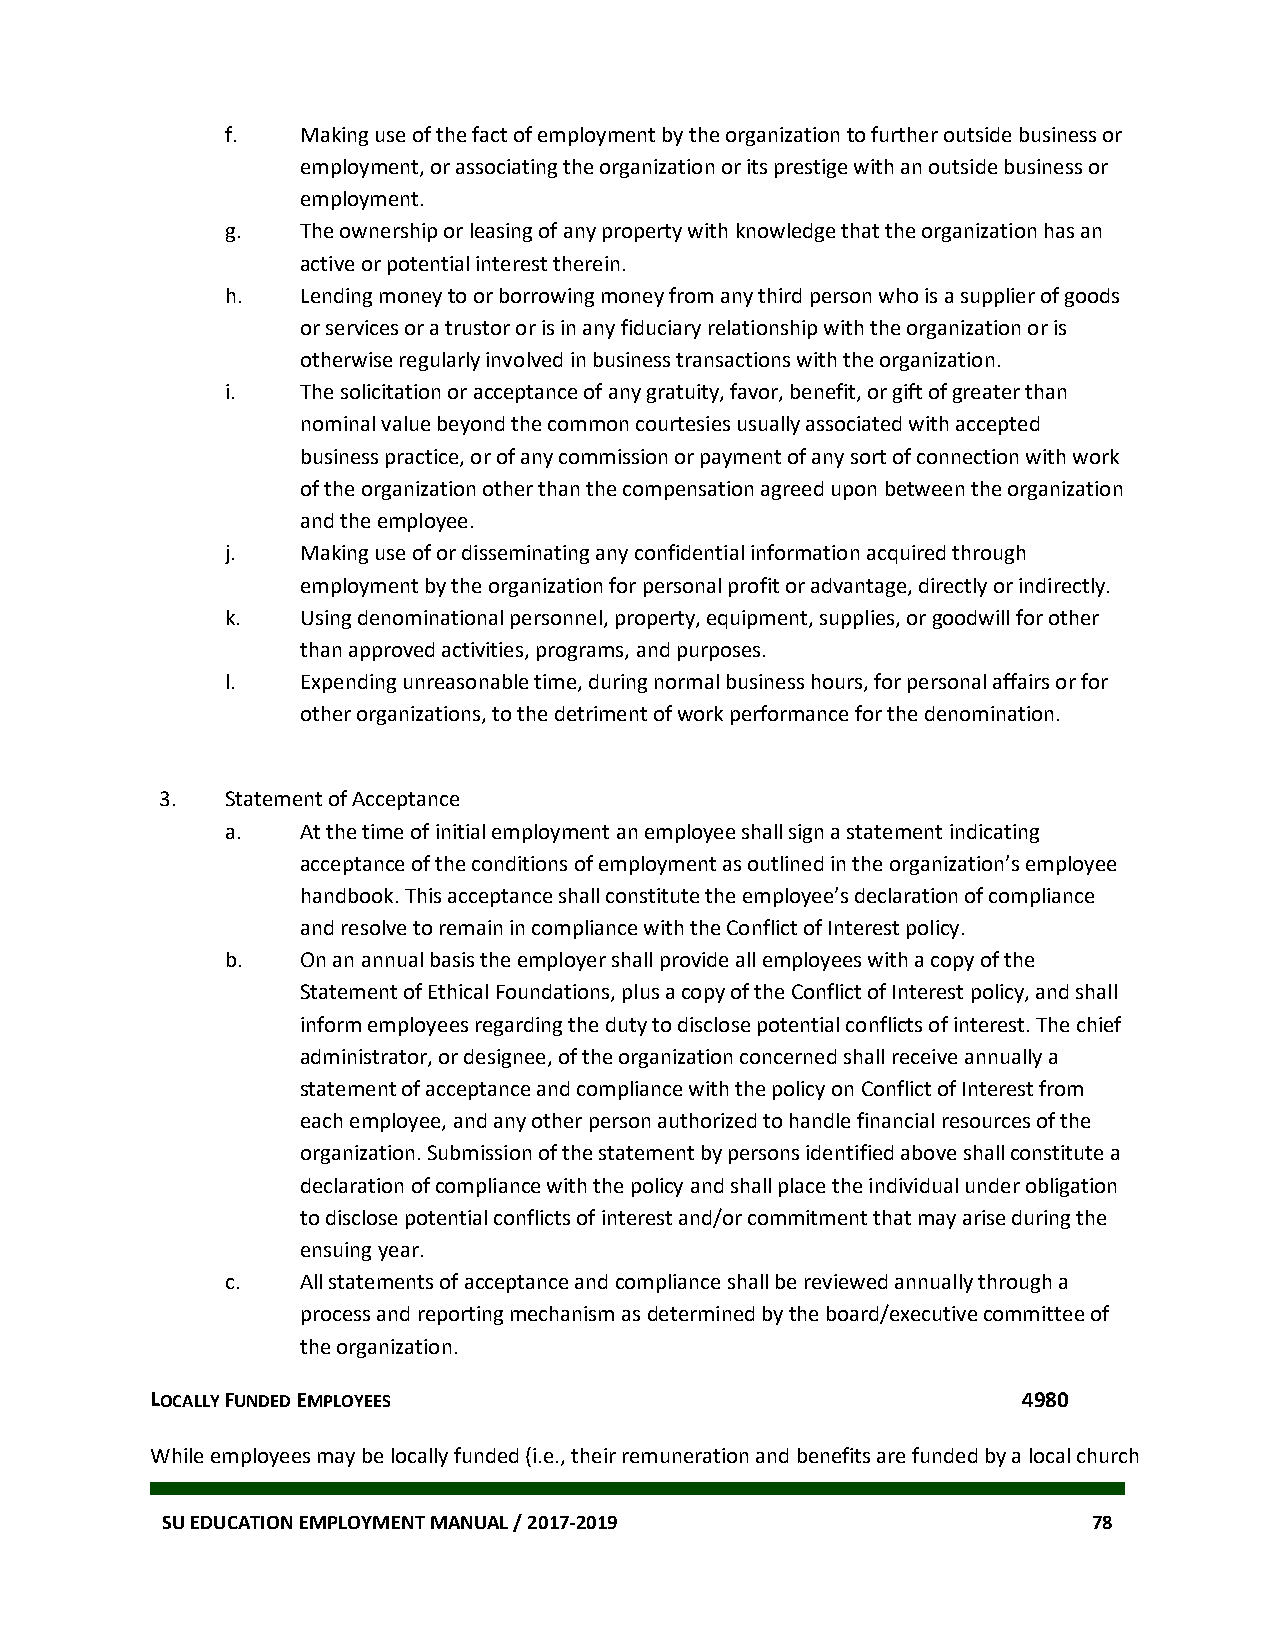
f.   Making use of the fact of employment by the organization to further outside business or
 employment, or associating the organization or its prestige with an outside business or
 employment.
 g.   The ownership or leasing of any property with knowledge that the organization has an
 active or potential interest therein.
 h.   Lending money to or borrowing money from any third person who is a supplier of goods
 or services or a trustor or is in any fiduciary relationship with the organization or is
 otherwise regularly involved in business transactions with the organization.
 i.   The solicitation or acceptance of any gratuity, favor, benefit, or gift of greater than
 nominal value beyond the common courtesies usually associated with accepted
 business practice, or of any commission or payment of any sort of connection with work
 of the organization other than the compensation agreed upon between the organization
 and the employee.
 j.   Making use of or disseminating any confidential information acquired through
 employment by the organization for personal profit or advantage, directly or indirectly.
 k.   Using denominational personnel, property, equipment, supplies, or goodwill for other
 than approved activities, programs, and purposes.
 l.   Expending unreasonable time, during normal business hours, for personal affairs or for
 other organizations, to the detriment of work performance for the denomination.
 3.  Statement of Acceptance
 a.   At the time of initial employment an employee shall sign a statement indicating
 acceptance of the conditions of employment as outlined in the organization’s employee
 handbook. This acceptance shall constitute the employee’s declaration of compliance
 and resolve to remain in compliance with the Conflict of Interest policy.
 b.   On an annual basis the employer shall provide all employees with a copy of the
 Statement of Ethical Foundations, plus a copy of the Conflict of Interest policy, and shall
 inform employees regarding the duty to disclose potential conflicts of interest. The chief
 administrator, or designee, of the organization concerned shall receive annually a
 statement of acceptance and compliance with the policy on Conflict of Interest from
 each employee, and any other person authorized to handle financial resources of the
 organization. Submission of the statement by persons identified above shall constitute a
 declaration of compliance with the policy and shall place the individual under obligation
 to disclose potential conflicts of interest and/or commitment that may arise during the
 ensuing year.
 c.   All statements of acceptance and compliance shall be reviewed annually through a
 process and reporting mechanism as determined by the board/executive committee of
 the organization.
 LOCALLY FUNDED EMPLOYEES                                  4980
 While employees may be locally funded (i.e., their remuneration and benefits are funded by a local church
 SU EDUCATION EMPLOYMENT MANUAL / 2017-2019                   78